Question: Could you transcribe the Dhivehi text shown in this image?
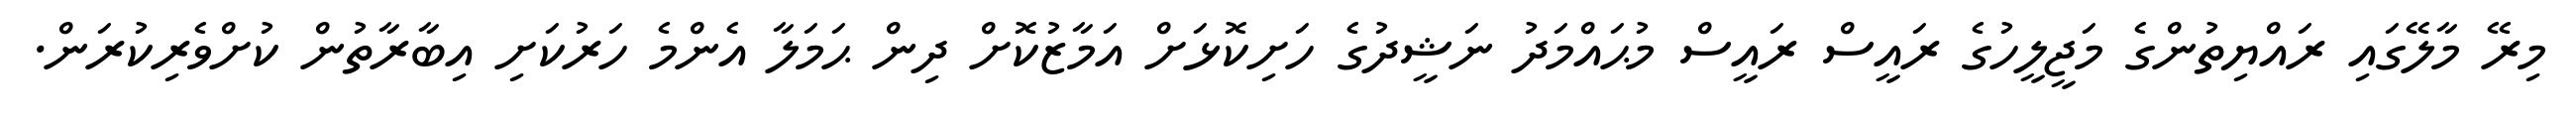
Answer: މިރޭ މާލޭގައި ރައްޔިތުންގެ މަޖީލީހުގެ ރައީސް ރައީސް މުޙައްމަދު ނަޝީދުގެ ހަށިކޮޅަށް އަމާޒުކޮށް ދިން ޙަމަލާ އެންމެ ހަރުކަށި އިބާރާތުން ކުށްވެރިކުރަން.